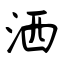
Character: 洒